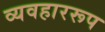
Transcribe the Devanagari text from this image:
व्यवहाररूप